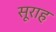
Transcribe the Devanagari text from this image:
सूराह